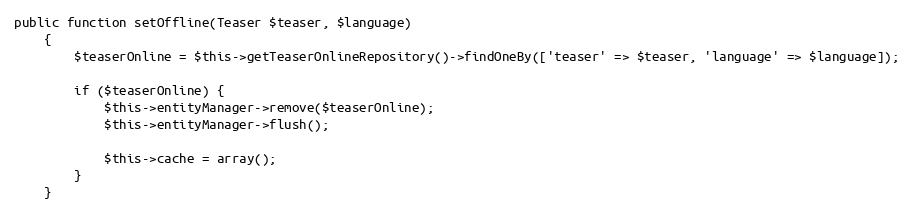
Language: PHP
public function setOffline(Teaser $teaser, $language)
    {
        $teaserOnline = $this->getTeaserOnlineRepository()->findOneBy(['teaser' => $teaser, 'language' => $language]);

        if ($teaserOnline) {
            $this->entityManager->remove($teaserOnline);
            $this->entityManager->flush();

            $this->cache = array();
        }
    }